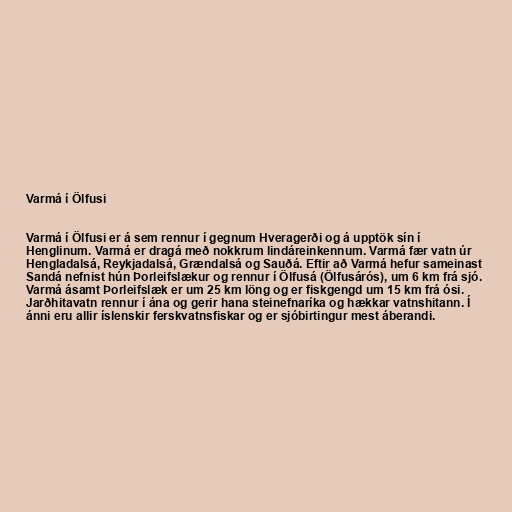
Varmá í Ölfusi

Varmá í Ölfusi er á sem rennur í gegnum Hveragerði og á upptök sín í
Henglinum. Varmá er dragá með nokkrum lindáreinkennum. Varmá fær vatn úr
Hengladalsá, Reykjadalsá, Grændalsá og Sauðá. Eftir að Varmá hefur sameinast
Sandá nefnist hún Þorleifslækur og rennur í Ölfusá (Ölfusárós), um 6 km frá sjó.
Varmá ásamt Þorleifslæk er um 25 km löng og er fiskgengd um 15 km frá ósi.
Jarðhitavatn rennur í ána og gerir hana steinefnaríka og hækkar vatnshitann. Í
ánni eru allir íslenskir ferskvatnsfiskar og er sjóbirtingur mest áberandi.